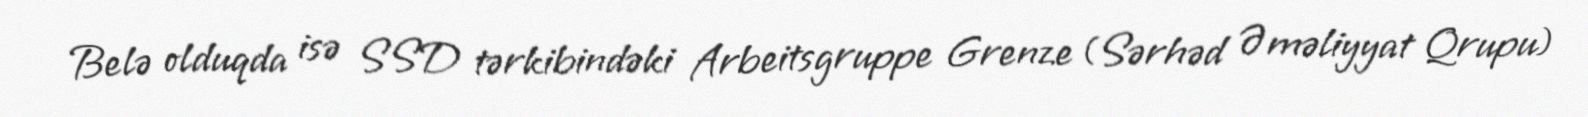
Belə olduqda isə SSD tərkibindəki Arbeitsgruppe Grenze (Sərhəd Əməliyyat Qrupu)